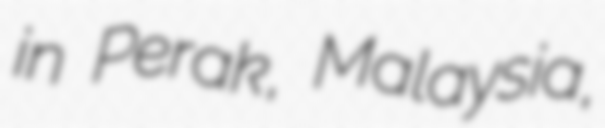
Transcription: in Perak, Malaysia,